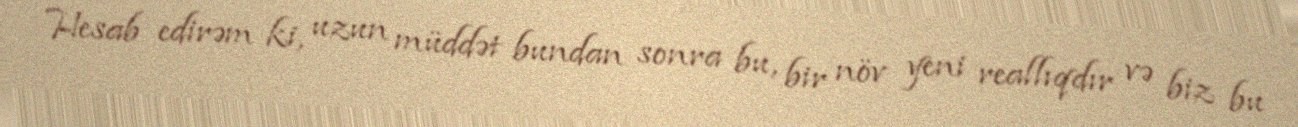
Hesab edirəm ki, uzun müddət bundan sonra bu, bir növ yeni reallıqdır və biz bu